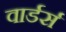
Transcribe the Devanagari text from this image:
वार्डर्स